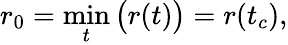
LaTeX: r_{0}=\operatorname*{min}_{t}\big(r(t)\big)=r(t_{c}),